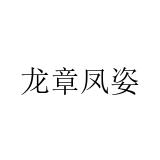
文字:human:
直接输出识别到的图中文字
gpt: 龙章凤姿